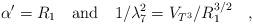
LaTeX: \begin{align*}\alpha^{\prime}=R_1\quad{\rm and}\quad 1/\lambda_7^2 = V_{T^3}/R_1^{3/2}\quad,\end{align*}